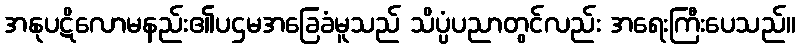
အနုပဋိလောမနည်း၏ပဌမအခြေခံမူသည် သိပ္ပံပညာတွင်လည်း အရေးကြီးပေသည်။